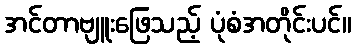
အင်တာဗျူးဖြေသည့် ပုံစံအတိုင်းပင်။